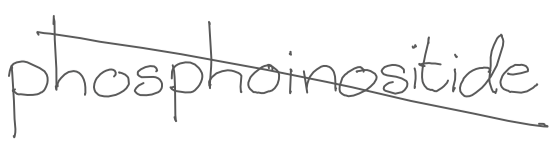
Text: phosphoinositide
Cross-out: diagonal
Writing tool: digital_gray